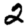
Digit: 2